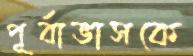
পূর্বাভাসকে